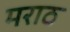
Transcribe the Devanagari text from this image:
मराठ